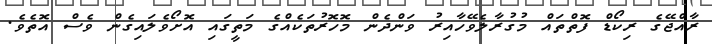
ރާއްޖޭގެ ރިކޯޑް ފޮތްތައް މުގުރާލެވޭހާއިރު ވަންދެން މޮހޮރުތަކެއްގެ މަތީގައި އޮށޯވެލައިގެން ވެސް އޮތެވެ.